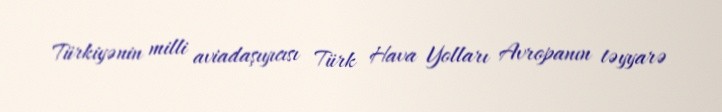
Türkiyənin milli aviadaşıyıcısı Türk Hava Yolları Avropanın təyyarə